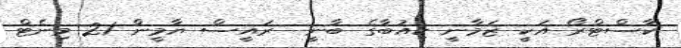
ކާސްޓްރޯ އަކީ ޒަމާނީ ކިއުބާގެ ބާނީ  ރައީސް ޔާމީން 21 މިނެޓް